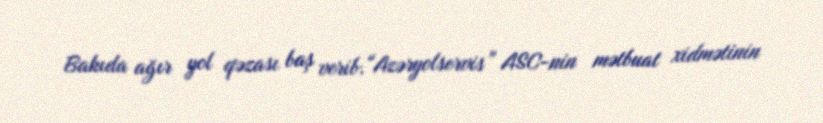
Bakıda ağır yol qəzası baş verib.“Azəryolservis” ASC-nin mətbuat xidmətinin